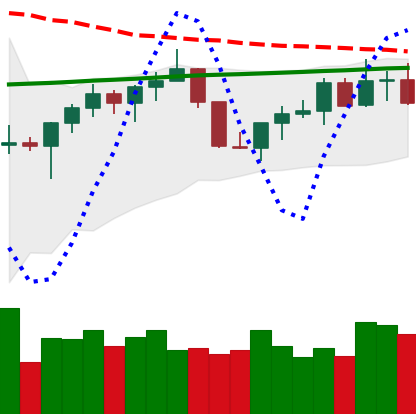
Ticker: TRX-USD
Chart end date: 2022-07-20
Forward return: -5.547%
Label: down_5_7